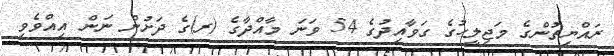
ރައްޔިތުންގެ މަޖިލީހުގެ ގަވާއިދުގެ 54 ވަނަ މާއްދާގެ (ރ)ގެ ދަށުން ނަން އިއްވެވި